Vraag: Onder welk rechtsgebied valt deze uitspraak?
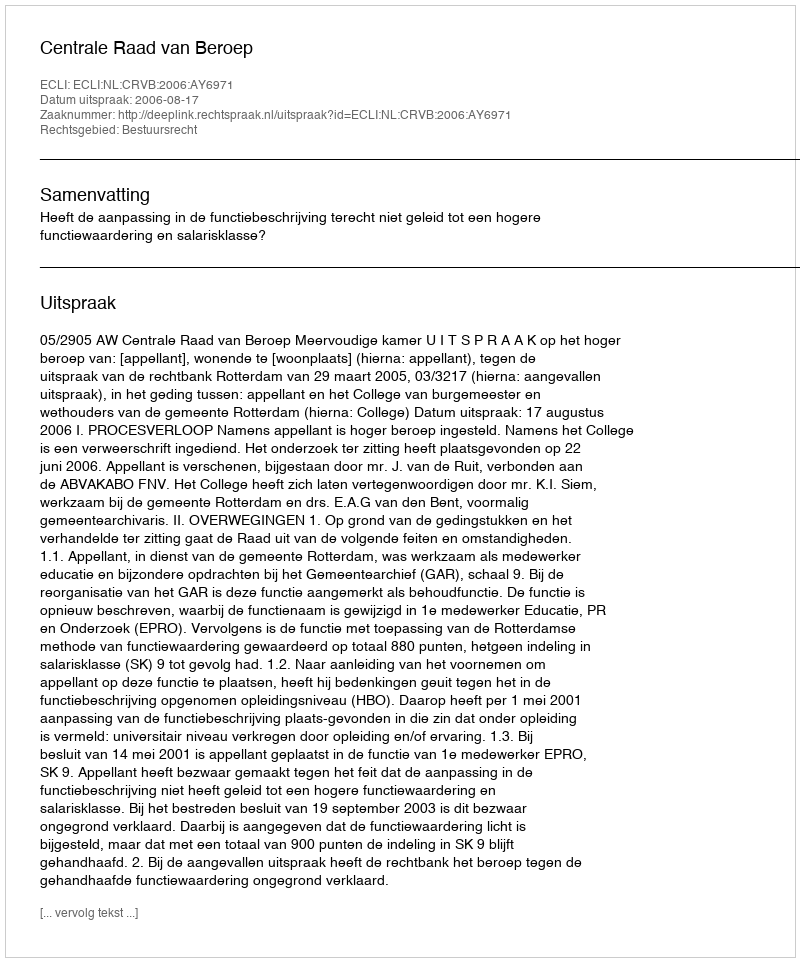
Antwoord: Bestuursrecht